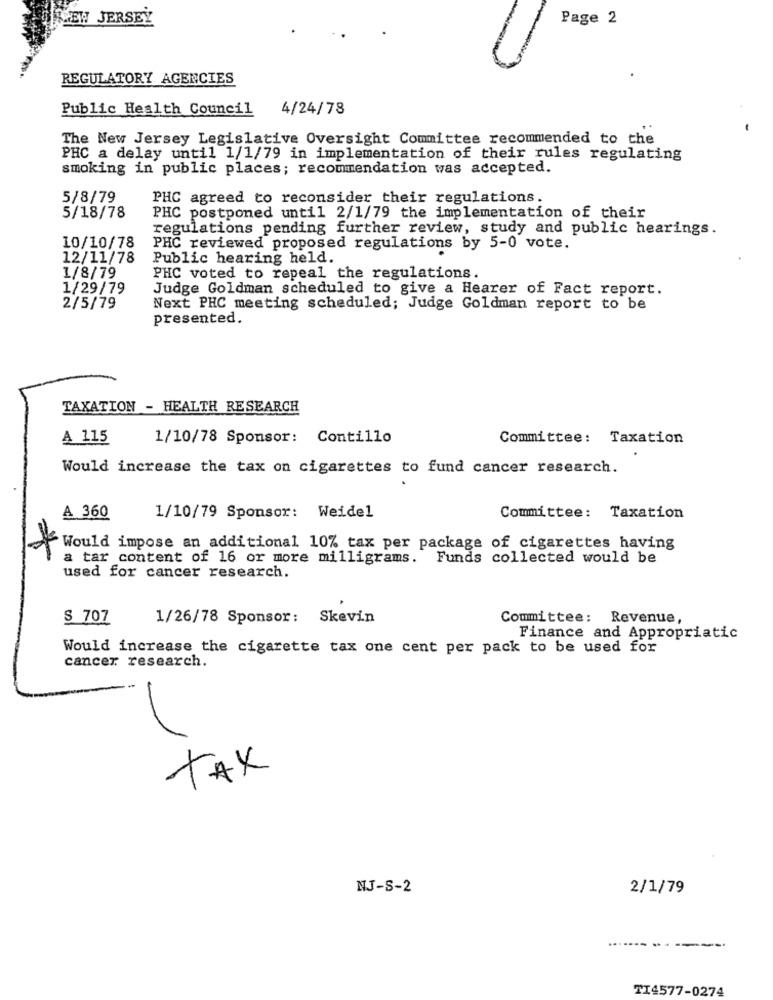
NEW JERSEY
Page 2
REGULATORY AGENCIES
Public Health Council 4/24/78
The New Jersey Legislative Oversight Committee recommended to the
PHC a delay until 1/1/79 in implementation of their rules regulating
smoking in public places; recommendation was accepted.
5/8/79
PHC agreed to reconsider their regulations.
5/18/78
PHC postponed until 2/1/79 the implementation of their
regulations pending further review, study and public hearings.
10/10/78
PHC reviewed proposed regulations by 5-0 vote.
12/11/78
Public hearing held.
1/8/79
PHC voted to repeal the regulations.
1/29/79
Judge Goldman scheduled to give a Hearer of Fact report.
2/5/79
Next PHC meeting scheduled; Judge Goldman report to be
presented.
TAXATION - HEALTH RESEARCH
A 115
1/10/78 Sponsor:
Contillo
Committee: Taxation
Would increase the tax on cigarettes to fund cancer research.
A 360
1/10/79 Sponsor: Weidel
Committee: Taxation
Would impose an additional 10% tax per package of cigarettes having
a tar content of 16 or more milligrams. Funds collected would be
used for cancer research.
S 707
1/26/78 Sponsor: Skevin
Committee: Revenue,
Finance and Appropriatic
Would increase the cigarette tax one cent per pack to be used for
cancer research.
TAX
NJ-S-2
2/1/79
------- --
TI4577-0274